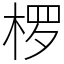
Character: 椤